Leaving Certificate Examination (including Day School Certificate (Higher) General paper), 1930
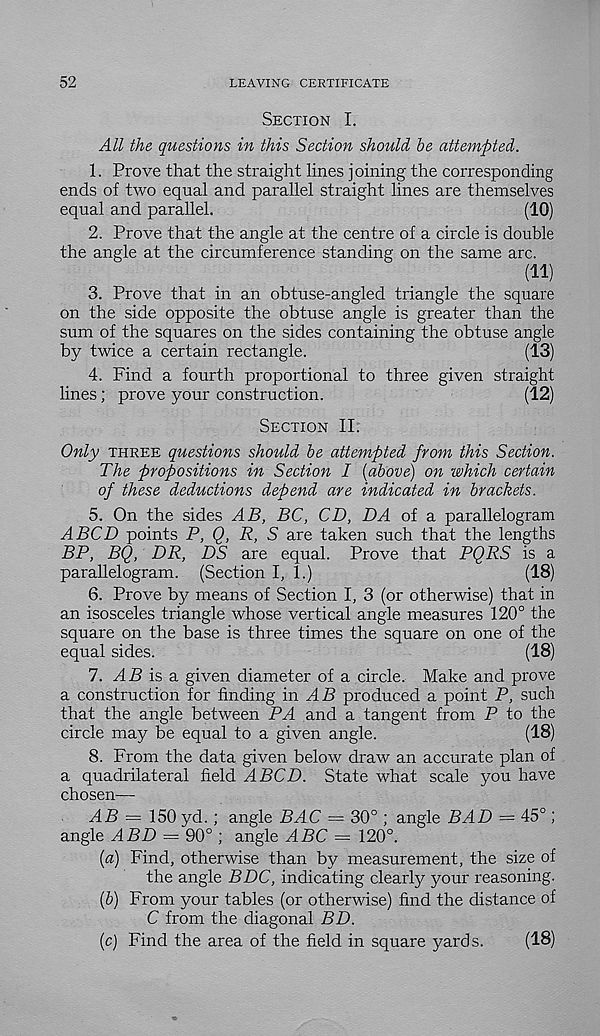
52
LEAVING CERTIFICATE
Section I.
All the questions in this Section should be attempted.
1. Prove that the straight lines joining the corresponding
ends of two equal and parallel straight lines are themselves
equal and parallel.
(10)
2. Prove that the angle at the centre of a circle is double
the angle at the circumference standing on the same arc.
(11)
3. Prove that in an obtuse-angled triangle the square
on the side opposite the obtuse angle is greater than the
sum of the squares on the sides containing the obtuse angle
by twice a certain rectangle.
(13)
4. Find a fourth proportional to three given straight
lines; prove your construction.
(12)
Section II.
Only three questions should be attempted from this Section.
The propositions in Section I {above) on which certain
of these deductions depend are indicated in brackets.
5. On the sides AB, BC, CD, DA of a parallelogram
A BCD points P, Q, R, S are taken such that the lengths
BP, BQ, DR, DS are equal. Prove that PQRS is a
parallelogram. (Section I, 1.)
(18)
6. Prove by means of Section I, 3 (or otherwise) that in
an isosceles triangle whose vertical angle measures 120° the
square on the base is three times the square on one of the
equal sides.
(18)
7. A B is a. given diameter of a circle. Make and prove
a construction for finding in AB produced a point P, such
that the angle between PA and a tangent from P to the
circle may be equal to a given angle.
(18)
8. From the data given below draw an accurate plan of
a quadrilateral field A BCD. State what scale you have
chosen—
AB — 150 yd.; angle BAC = 30° ; angle BAD = 45°;
angle ABD — 90° ; angle ABC = 120°.
[a) Find, otherwise than by measurement, the size of
the angle BDC, indicating clearly your reasoning.
(&) From your tables (or otherwise) find the distance of
C from the diagonal BD.
(c) Find the area of the field in square yards.
(18)